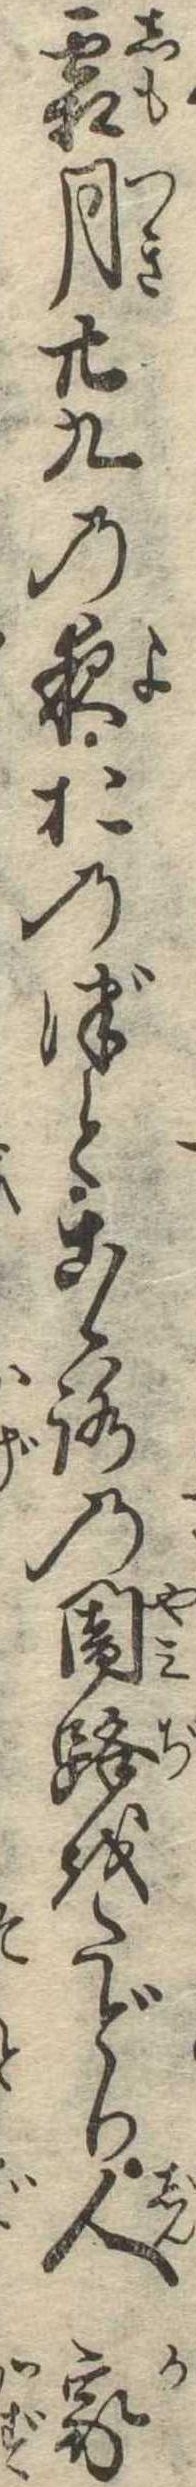
霜月廿九の夜おのづとこゝろの闇路をたどり人家